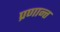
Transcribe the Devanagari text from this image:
प्रणान्त